Report on sanitation, dispensaries, and jails in Rajputana for 1912, and on vaccination for the year 1912-1913 - 1912-1913
Year: 1912
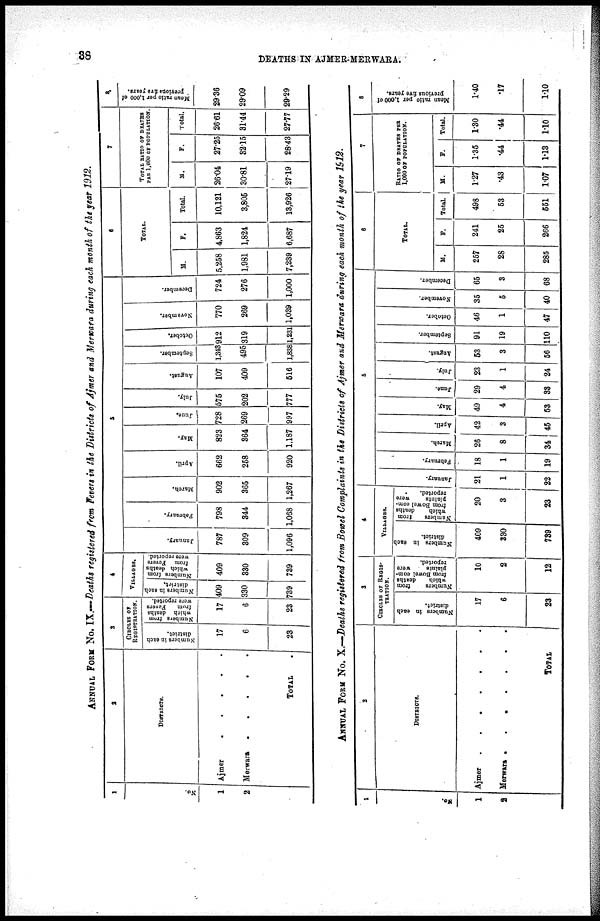
38
DEATHS IN AJMER-MERWARA.
ANNUAL FORM No. IX.— Deaths registered from Fevers in the Districts of Ajmer and Merwara during each month of the year 1912.
1
No.
1
2
2
DISTRICTS.
Ajmer. . . . .
Merwara .
.
.
.
.
TOTAL .
3
CIRCLES OF
REGISTRATION.
Numbers in each
district.
17
6
23
Numbers from
which deaths
from
Fevers
were reported.
17
6
23
4
VILLAGES.
Numbers in each
district.
409
330
739
Numbers from
which deaths
from Fevers
were reported
409
330
739
5
January.
787
309
1,096
February.
798
344
1,068
March.
902
365
1,267
April.
662
258
920
May.
823
364
1,187
June.
728
269
997
July.
575
202
777
August.
107
409
516
September.
1,343
495
1,838
October.
912
319
1,231
November.
770
269
1,039
December.
724
276
1,000
6
TOTAL.
M.
5,258
1,981
7,239
F.
4,863
1,824
6,687
Total.
10,121
3,805
13,926
7
TOTAL RATIO OF DEATHS
PER 1,000 OF POPULATION.
M.
26.04
30.81
27.19
F.
27.25
32.15
28.43
Total.
26.61
31.44
27.77
8
Mean ratio per 1,000 of
previous five years.
29.36
29.09
29.29
ANNUAL FORM No. X.—Deaths registered from Bowel Complaints in the Districts of Ajmer and Merwara during each month of the year 1912.
1
No.
1
2
2
DISTRICTS.
Ajmer . . . . . . .
Merwara . . . . . . .
TOTAL
3
CIRCLES OF REGIS¬
TRATION.
Numbers in each
district.
17
6
23
Numbers
from
which
deaths
from Bowel com-
plaints
were
reported.
10
2
12
4
VILLAGES.
Numbers in each
district.
409
330
739
Numbers
from
which
deaths
from Bowel com-
plaints
were
reported.
20
3
23
5
January.
21
1
22
February.
18
1
19
March.
26
8
34
April.
42
3
45
May.
49
4
53
June.
29
4
33
July.
23
1
24
August.
53
3
56
September.
91
19
110
October.
46
1
47
November.
35
5
40
December.
65
3
68
6
TOTAL.
M.
257
28
285
F.
241
25
266
Total.
498
53
551
7
RATIO OF DEATHS PER
1,000 OF POPULATION.
M.
1.27
.43
1.07
F.
1.35
.44
1.13
Total.
1.30
.44
1.10
8
Mean ratio per 1,000 of
previous five years.
1.40
.17
1.10